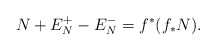
\begin{align*}N + E_N^+ -E_N^-= f^*(f_* N). \end{align*}